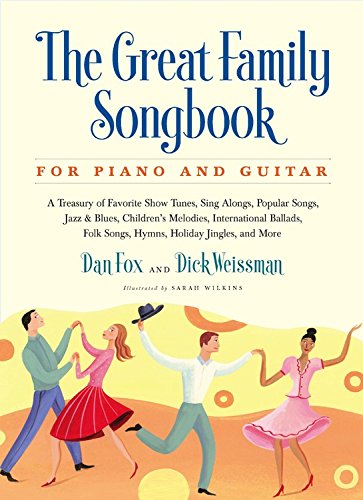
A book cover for Great Family Songbook: A Treasury of Favorite Show Tunes, Sing Alongs, Popular Songs, Jazz & Blues, Children's Melodies, International Ballads, Folk ... Jingles, and More for Piano and Guitar; Dan Fox; Humor & Entertainment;